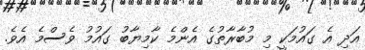
އަދި އެ ގައުމަކީ މި މުބާރާތުގެ އެންމެ ކާމިޔާބު ގައުމު ވެސްމެ އެވެ.